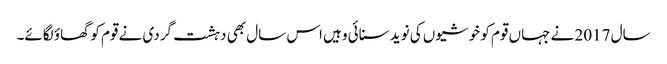
سال 2017 نے جہاں قوم کو خوشیوں کی نوید سنائی وہیں اس سال بھی دہشت گردی نے قوم کو گھاؤ لگائے۔